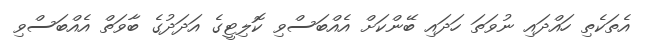
އެތަކެތި ހައްދައި ނުވަތަ ހަދައި ބޭންކަށް އެއްބަސްވި ކޮލިޓީގެ އަދަދުގެ ބާވަތް އެއްބަސްވި